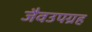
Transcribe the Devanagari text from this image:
जैवउपग्रह